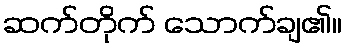
ဆက်တိုက် သောက်ချ၏။